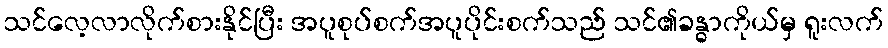
သင်လေ့လာလိုက်စားနိုင်ပြီး အပူစုပ်စက်အပူပိုင်းစက်သည် သင်၏ခန္ဓာကိုယ်မှ ရူးလက်